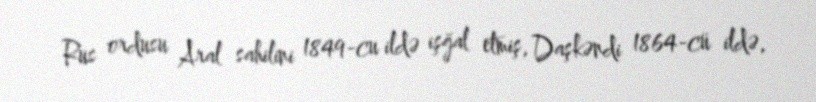
Rus ordusu Aral sahilini 1849-cu ildə işğal etmiş, Daşkəndi 1864-cü ildə,